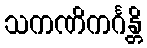
သကဏိကင်္ဂန္တိ